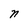
Character: n